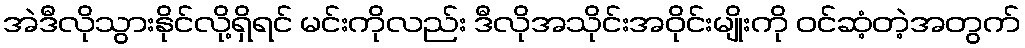
အဲဒီလိုသွားနိုင်လို့ရှိရင် မင်းကိုလည်း ဒီလိုအသိုင်းအဝိုင်းမျိုးကို ဝင်ဆံ့တဲ့အတွက်